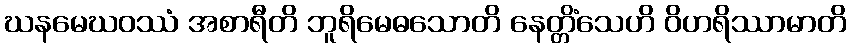
ဃနမေဃဝဿံ အစာရီတိ ဘူရိမေဓသောတိ နေတ္တိံသေဟိ ဝိဟရိဿာမာတိ